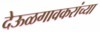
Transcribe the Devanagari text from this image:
देऊळगावकरांच्या